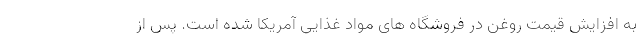
به افزایش قیمت روغن در فروشگاه های مواد غذایی آمریکا شده است. پس از